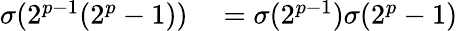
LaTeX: \begin{array}{rl}{\sigma(2^{p-1}(2^{p}-1))}&{{}=\sigma(2^{p-1})\sigma(2^{p}-1)}\end{array}